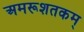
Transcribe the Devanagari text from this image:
अमरूशतकम्